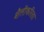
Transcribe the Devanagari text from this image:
शैलीकरिता